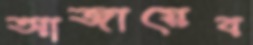
আজায়েব